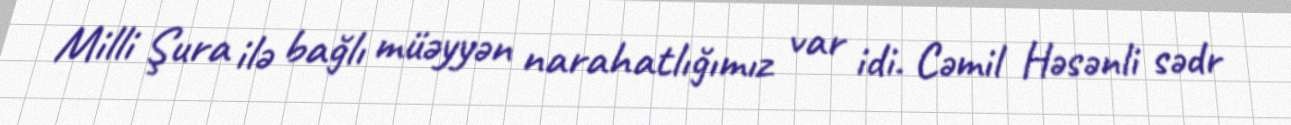
Milli Şura ilə bağlı müəyyən narahatlığımız var idi. Cəmil Həsənli sədr